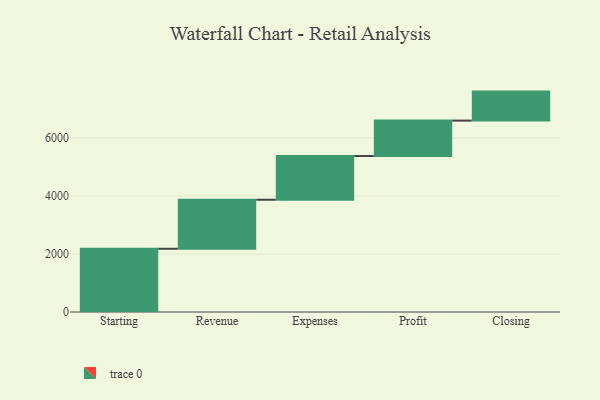
{"axis": {"x": "Step", "y": "Value"}, "legend": [""], "data": [{"x": "Starting", "y": 2180.0, "type": ""}, {"x": "Revenue", "y": 1690.0, "type": ""}, {"x": "Expenses", "y": 1507.0, "type": ""}, {"x": "Profit", "y": 1221.0, "type": ""}, {"x": "Closing", "y": 1000, "type": ""}]}